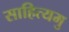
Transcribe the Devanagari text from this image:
साहित्यमु